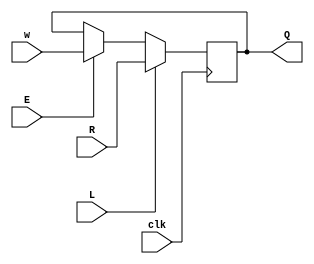
module top_module (
    input clk,
    input w, R, E, L,
    output Q
);
    wire out1,D;
    always @(posedge clk) begin
        out1= E==0?Q:w;
        D=L==0?out1:R;
        Q<=D;
    end
endmodule